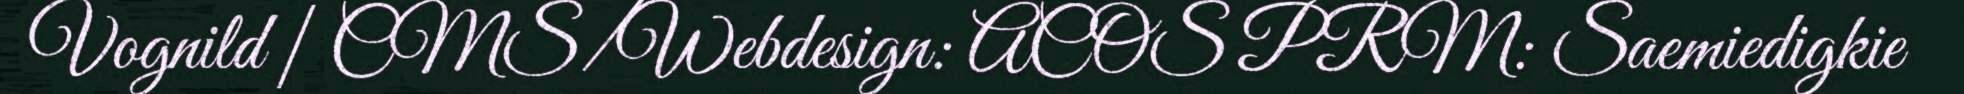
Vognild | CMS/Webdesign: ACOS PRM: Saemiedigkie